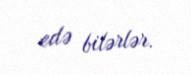
edə bilərlər.